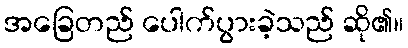
အခြေတည် ပေါက်ပွားခဲ့သည် ဆို၏။